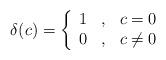
LaTeX: \begin{align*}\delta(c) =\left\{\begin{array}{ccc}1 & , & c=0 \\0 & , & c \neq 0\end{array}\right.\end{align*}